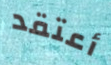
أعتقد